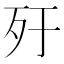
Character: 𣦿